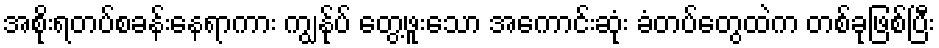
အစိုးရတပ်စခန်းနေရာကား ကျွန်ုပ် တွေ့ဖူးသော အကောင်းဆုံး ခံတပ်တွေထဲက တစ်ခုဖြစ်ပြီး